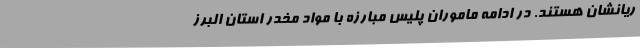
ریانشان هستند. در ادامه ماموران پلیس مبارزه با مواد مخدر استان البرز